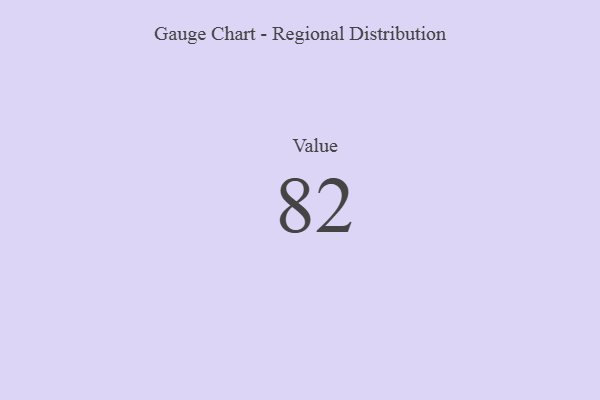
{"axis": {"x": "Metric", "y": "Value"}, "legend": [""], "data": [{"x": "Value", "y": 82, "type": ""}]}